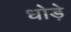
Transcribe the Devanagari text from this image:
धोड़े